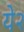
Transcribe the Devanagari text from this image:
ये२